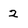
Character: 2